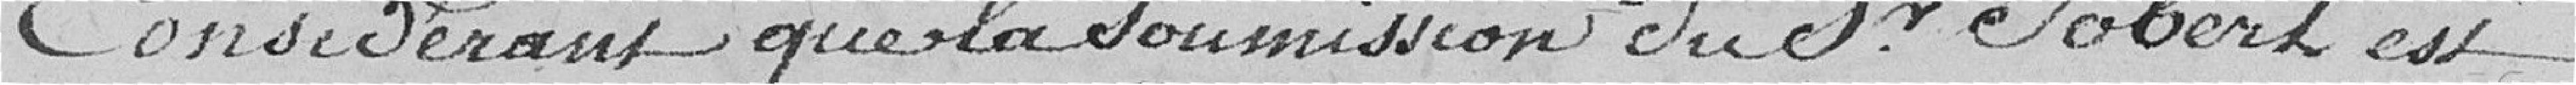
Considérant que la soumission du Sieur Jobert est